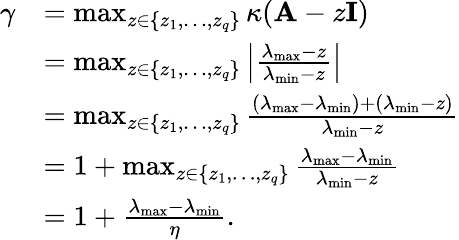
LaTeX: \begin{array}{rl}{\gamma}&{=\operatorname*{max}_{z\in\{ z_{1},\ldots,z_{q}\} }\kappa(\mathbf{A}-z\mathbf{I})}\\ &{=\operatorname*{max}_{z\in\{ z_{1},\ldots,z_{q}\} }\left|\frac{\lambda_{\textup{max}}-z}{\lambda_{\textup{min}}-z}\right|}\\ &{=\operatorname*{max}_{z\in\{ z_{1},\ldots,z_{q}\} }\frac{(\lambda_{\textup{max}}-\lambda_{\textup{min}})+(\lambda_{\textup{min}}-z)}{\lambda_{\textup{min}}-z}}\\ &{=1+\operatorname*{max}_{z\in\{ z_{1},\ldots,z_{q}\} }\frac{\lambda_{\textup{max}}-\lambda_{\textup{min}}}{\lambda_{\textup{min}}-z}}\\ &{=1+\frac{\lambda_{\textup{max}}-\lambda_{\textup{min}}}{\eta}.}\end{array}